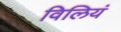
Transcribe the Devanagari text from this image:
विलियं